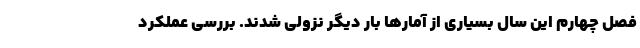
فصل چهارم این سال بسیاری از آمارها بار دیگر نزولی شدند. بررسی عملکرد